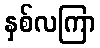
နှစ်လကြာ